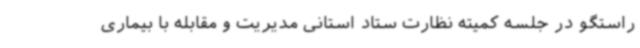
راستگو در جلسه کمیته نظارت ستاد استانی مدیریت و مقابله با بیماری